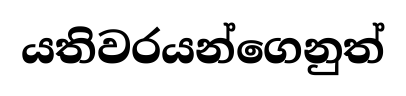
යතිවරයන්ගෙනුත්